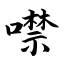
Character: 噤